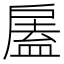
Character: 𢩘